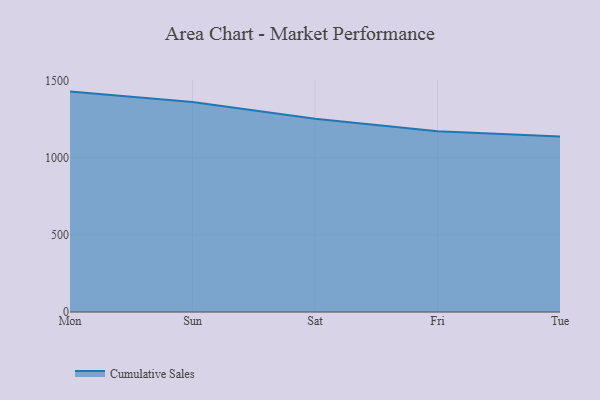
{"axis": {"x": "Day", "y": "Headcount"}, "legend": ["Cumulative Sales"], "data": [{"x": "Mon", "y": 1428.4, "type": "Cumulative Sales"}, {"x": "Sun", "y": 1360.7, "type": "Cumulative Sales"}, {"x": "Sat", "y": 1252.3, "type": "Cumulative Sales"}, {"x": "Fri", "y": 1171.6, "type": "Cumulative Sales"}, {"x": "Tue", "y": 1137.4, "type": "Cumulative Sales"}]}